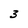
Character: 3